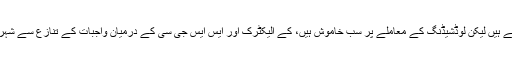
اس موقع پر وسیم اختر کا کہنا تھا کہ کراچی کے سیاسی لوگ ووٹ مانگنے تو آجاتے ہیں لیکن لوڈشیڈنگ کے معاملے پر سب خاموش ہیں، کے الیکٹرک اور ایس ایس جی سی کے درمیان واجبات کے تنازع سے شہریوں کا کوئی تعلق نہیں لہذا صدر مملکت سے مسئلے کے حل کا مطالبہ کرتے ہیں۔